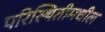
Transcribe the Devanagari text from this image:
परिस्थितीमधील